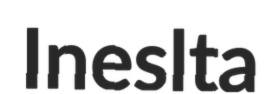
Ineslta